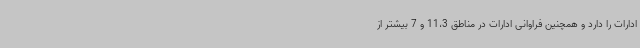
ادارات را دارد و همچنین فراوانی ادارات در مناطق 11،3 و 7 بیشتر از